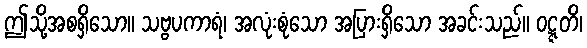
ဤသို့အစရှိသော။ သဗ္ဗပကာရံ၊ အလုံးစုံသော အပြားရှိသော အခင်းသည်။ ဝဋ္ဋတိ၊